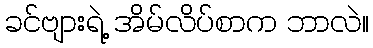
ခင်ဗျားရဲ့ အိမ်လိပ်စာက ဘာလဲ။